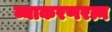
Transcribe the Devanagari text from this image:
व्याकरणरत्न